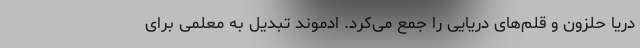
دریا حلزون و قلم‌های دریایی را جمع می‌کرد. ادموند تبدیل به معلمی برای